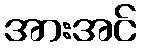
အားအင်